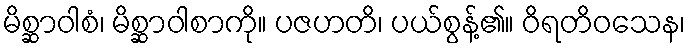
မိစ္ဆာဝါစံ၊ မိစ္ဆာဝါစာကို။ ပဇဟတိ၊ ပယ်စွန့်၏။ ဝိရတိဝသေန၊